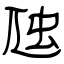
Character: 虺